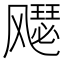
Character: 𫗋